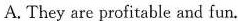
A. They are profitable and fun.